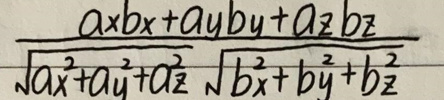
\[
\frac{a_x b_x + a_y b_y + a_z b_z}{\sqrt{a_x^2 + a_y^2 + a_z^2} \sqrt{b_x^2 + b_y^2 + b_z^2}}
\]